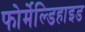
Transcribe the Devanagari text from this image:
फोर्मेल्डिहाइड